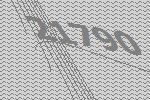
21790